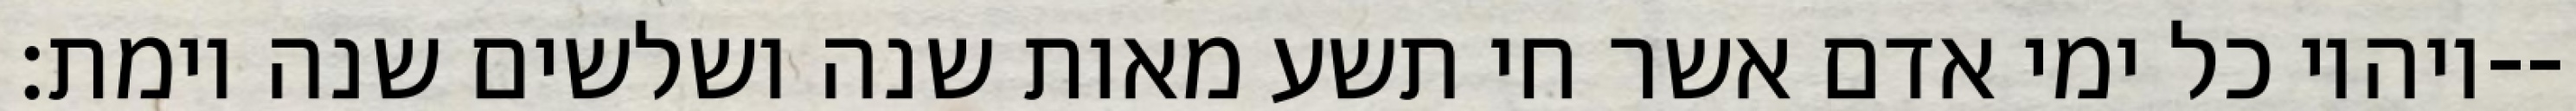
ויהיו כל ימי אדם אשר חי תשע מאות שנה ושלשים שנה וימת׃--